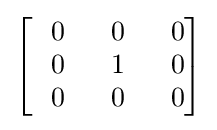
{\begin{bmatrix}\ \ 0&\ \ 0&\ \ 0\\\ \ 0&\ \ 1&\ \ 0\\\ \ 0&\ \ 0&\ \ 0\end{bmatrix}}